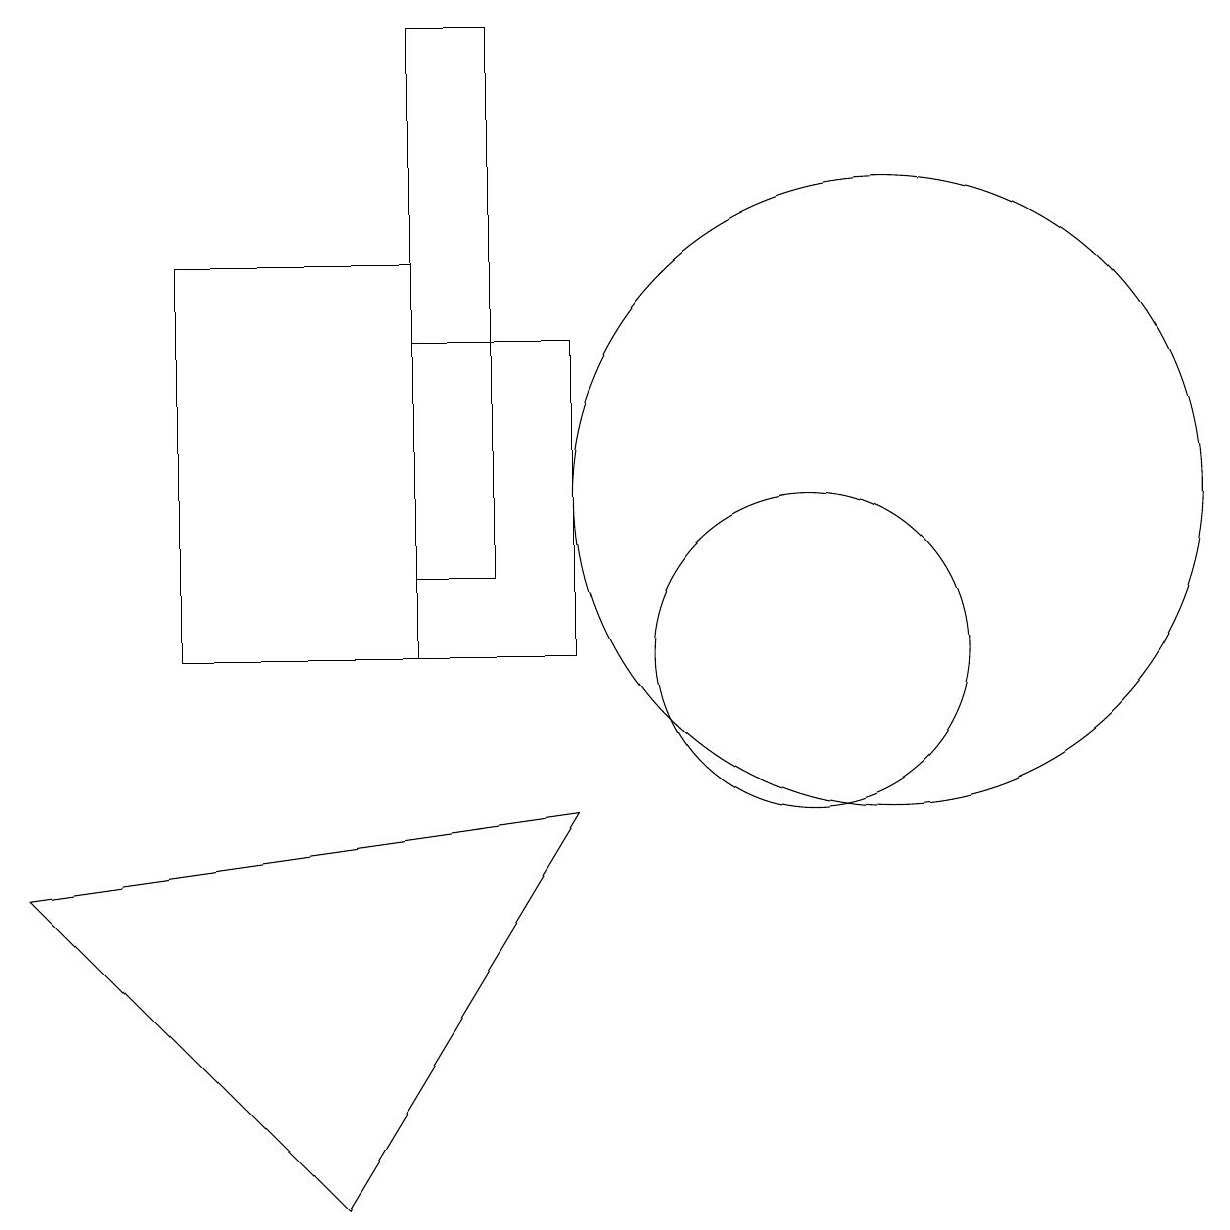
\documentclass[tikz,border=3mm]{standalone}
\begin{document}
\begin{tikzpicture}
\draw (3,15) rectangle (6,10);
\draw (12,12) circle (4);
\draw (8,10) rectangle (6,14);
\draw (1,7) -- (5,3) -- (8,8) -- cycle;
\draw (11,10) circle (2);
\draw (6,18) rectangle (7,11);
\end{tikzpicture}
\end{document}